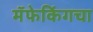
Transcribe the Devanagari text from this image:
मॅफेकिंगचा